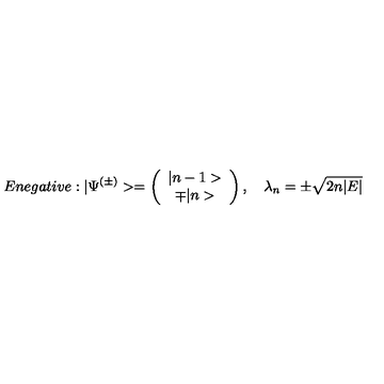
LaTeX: E n e g a t i v e : | \Psi ^ { ( \pm ) } > = \left( \begin{array} { c c } { | n - 1 > } \\ { \mp | n > } \\ \end{array} \right) , \quad \lambda _ { n } = \pm \sqrt { 2 n | E | }